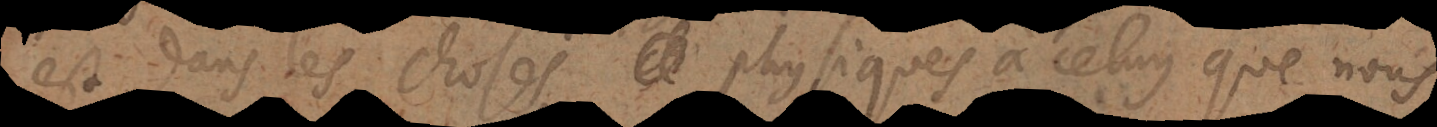
est dans les choses physiques à celuy que nous